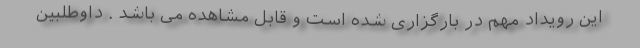
این رویداد مهم در بارگزاری شده است و قابل مشاهده می باشد . داوطلبین